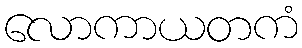
လောကာယတကံ